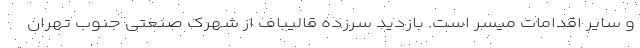
و سایر اقدامات میسر است. بازدید سرزده قالیباف از شهرک صنعتی جنوب تهران